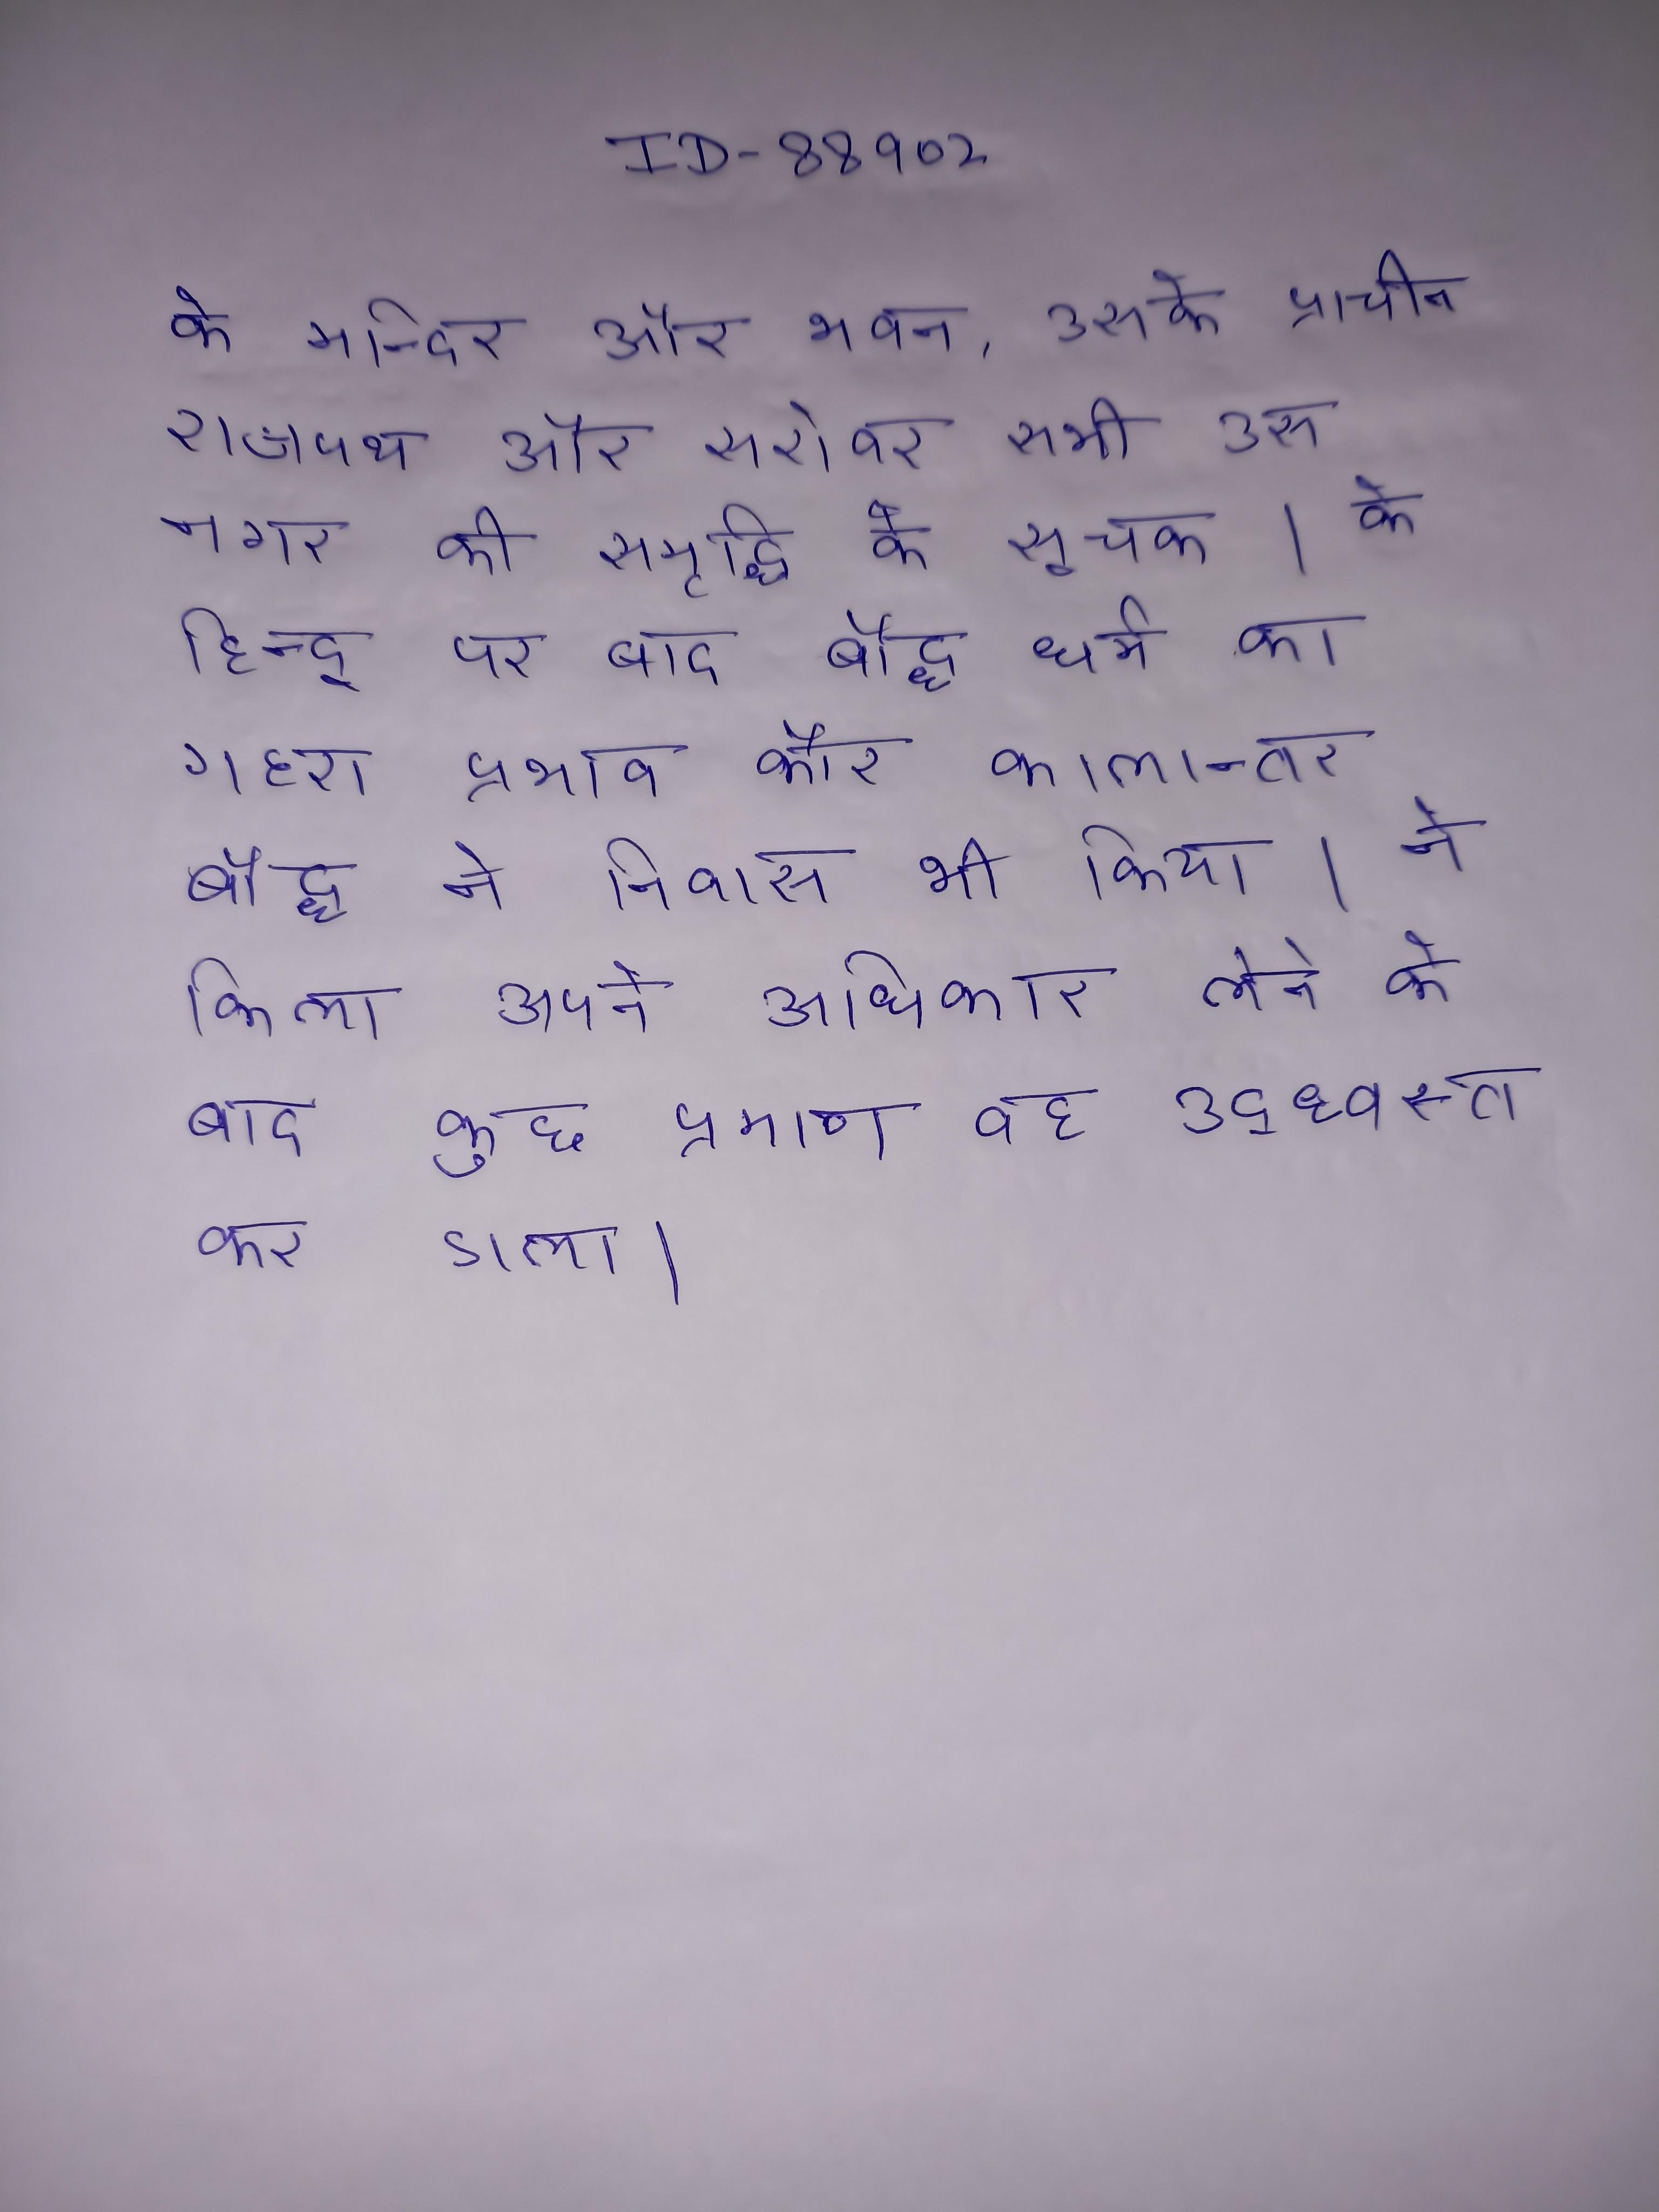
के मन्दिर और भवन, उसके प्राचीन राजपथ और सरोवर सभी उस नगर की समृद्धि के सूचक । के हिन्दू पर बाद बौद्ध धर्म का गहरा प्रभाव और कालान्तर बौद्ध ने निवास भी किया । ने किला अपने अधिकार लेने के बाद कुछ प्रमाण वह उद्ध्वस्त कर डाला ।